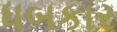
ધબકાર